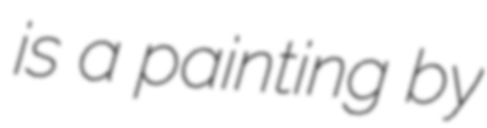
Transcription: is a painting by